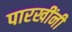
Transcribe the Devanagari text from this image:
पारखींनी